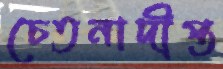
চেতনাদীপ্ত